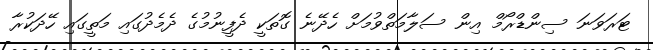
ޓަރަވަނަ ސިންޑްރޯމް އިން ސަލާމަތްވުމަށް ހެދޭނެ ގޮތަކީ ދެފީނުމުގެ ދެމެދުގައި މަތީގައި ހޭދަކުރާ